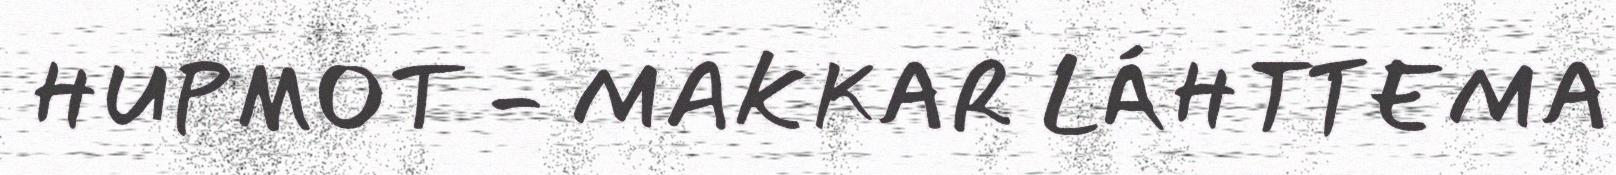
HUPMOT - MAKKAR LÁHTTEMA